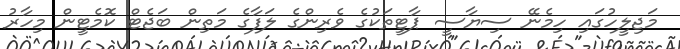
މަޖިލީހުގައި ހިމެނޭ ސިޔާސީ ޕާޓީތަކުގެ ވެރިންގެ ލަފާގެ މަތިން ބަޖެޓް ކޮމެޓީން މިހާރު